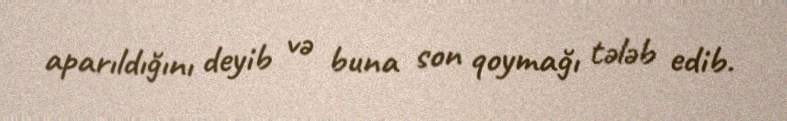
aparıldığını deyib və buna son qoymağı tələb edib.